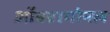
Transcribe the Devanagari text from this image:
ऑक्टागोनल